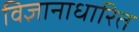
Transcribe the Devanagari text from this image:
विज्ञानाधारित